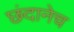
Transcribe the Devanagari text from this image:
छंदानेच